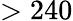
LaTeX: >240